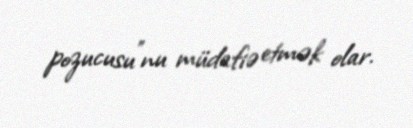
pozucusu”nu müdafiə etmək olar.